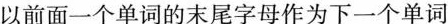
以前面一个单词的末尾字母作为下一个单词